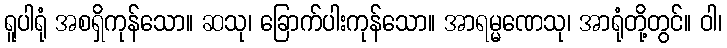
ရူပါရုံ အစရှိကုန်သော။ ဆသု၊ ခြောက်ပါးကုန်သော။ အာရမ္မဏေသု၊ အာရုံတို့တွင်။ ဝါ၊